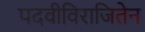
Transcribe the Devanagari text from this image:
पदवीविराजितेन